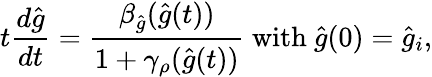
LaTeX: t{\frac{d\hat{g}}{dt}}={\frac{\beta_{\hat{g}}(\hat{g}(t))}{1+\gamma_{\rho}(\hat{g}(t))}}\ \mathrm{with}\ \hat{g}(0)=\hat{g}_{i},